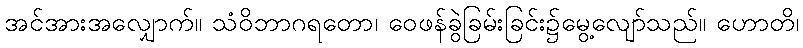
အင်အားအလျှောက်။ သံဝိဘာဂရတော၊ ဝေဖန်ခွဲခြမ်းခြင်း၌မွေ့လျော်သည်။ ဟောတိ၊